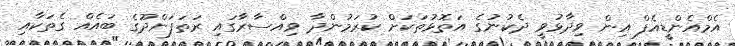
އެމްއެންޑީއެފް އިން ވިދާޅުވީ ދެކުނުގެ އަތޮޅުތަކަށް ކުރަމުންދާ ވިއްސާރާގައި ރަތަފަންދޫގެ ބައެއް ގެތަކާއި